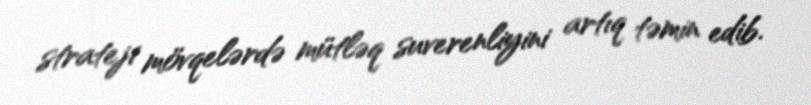
strateji mövqelərdə mütləq suverenliyini artıq təmin edib.